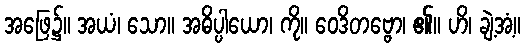
အဖြေ၌။ အယံ၊ သော။ အဓိပ္ပါယော၊ ကို။ ဝေဒိတဗ္ဗော၊ ၏။ ဟိ၊ ချဲ့အံ့။